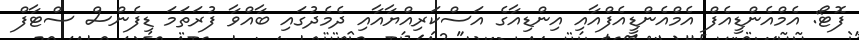
ފޮޓޯ: އެމްއެންޑީއެފް އެމްއެންޑީއެފްއާއި އިންޑިއާގެ އަސްކަރިއްޔާއާއި ދެމެދުގައި ބާއްވާ ފުރަތަމަ ޑިފެންސް ސްޓާފް